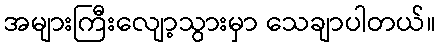
အများကြီးလျော့သွားမှာ သေချာပါတယ်။